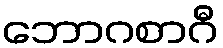
ဘောဂစာဂီ